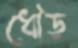
ধৌড়